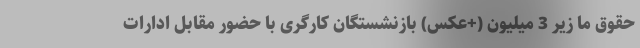
حقوق ما زیر 3 میلیون (+عکس) بازنشستگان کارگری با حضور مقابل ادارات